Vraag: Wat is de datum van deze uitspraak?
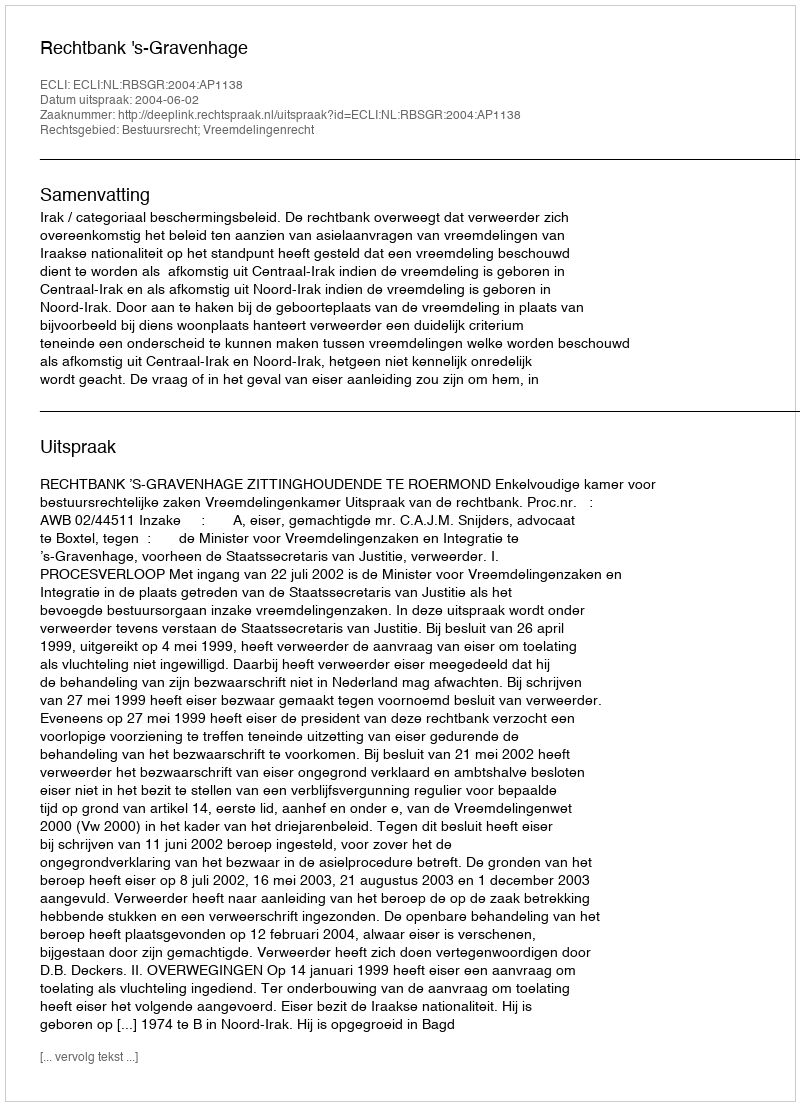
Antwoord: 2004-06-02